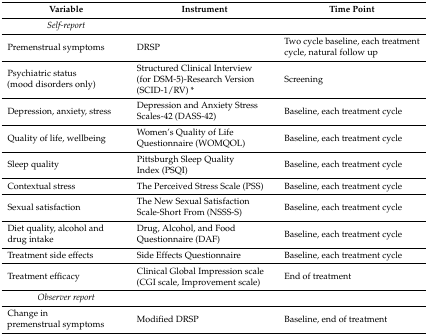
| Variable | Instrument | Time Point |
 | --- | --- | --- |
 | Self-report |  |  |
 | Premenstrual symptoms | DRSP | Two cycle baseline, each treatment cycle, natural follow up |
 | Psychiatric status (mood disorders only) | Structured Clinical Interview (for DSM-5)-Research Version (SCID-1/RV) * | Screening |
 | Depression, anxiety, stress | Depression and Anxiety Stress Scales-42 (DASS-42) | Baseline, each treatment cycle |
 | Quality of life, wellbeing | Women’s Quality of Life Questionnaire (WOMQOL) | Baseline, each treatment cycle |
 | Sleep quality | Pittsburgh Sleep Quality Index (PSQI) | Baseline, each treatment cycle |
 | Contextual stress | The Perceived Stress Scale (PSS) | Baseline, each treatment cycle |
 | Sexual satisfaction | The New Sexual Satisfaction Scale-Short From (NSSS-S) | Baseline, each treatment cycle |
 | Diet quality, alcohol and drug intake | Drug, Alcohol, and Food Questionnaire (DAF) | Baseline, each treatment cycle |
 | Treatment side effects | Side Effects Questionnaire | Baseline, each treatment cycle |
 | Treatment efficacy | Clinical Global Impression scale (CGI scale, Improvement scale) | End of treatment |
 | Observer report |  |  |
 | Change in premenstrual symptoms | Modified DRSP | Baseline, end of treatment |